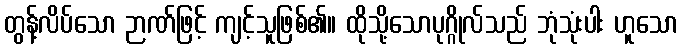
တွန့်လိပ်သော ဉာဏ်ဖြင့် ကျင့်သူဖြစ်၏။ ထိုသို့သောပုဂ္ဂိုလ်သည် ဘုံသုံးပါး ဟူသော